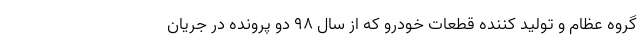
گروه عظام و تولید کننده قطعات خودرو که از سال ۹۸ دو پرونده در جریان